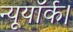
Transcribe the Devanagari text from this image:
न्यूयॉर्क।